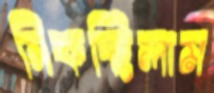
নিকচ্ছিলাম